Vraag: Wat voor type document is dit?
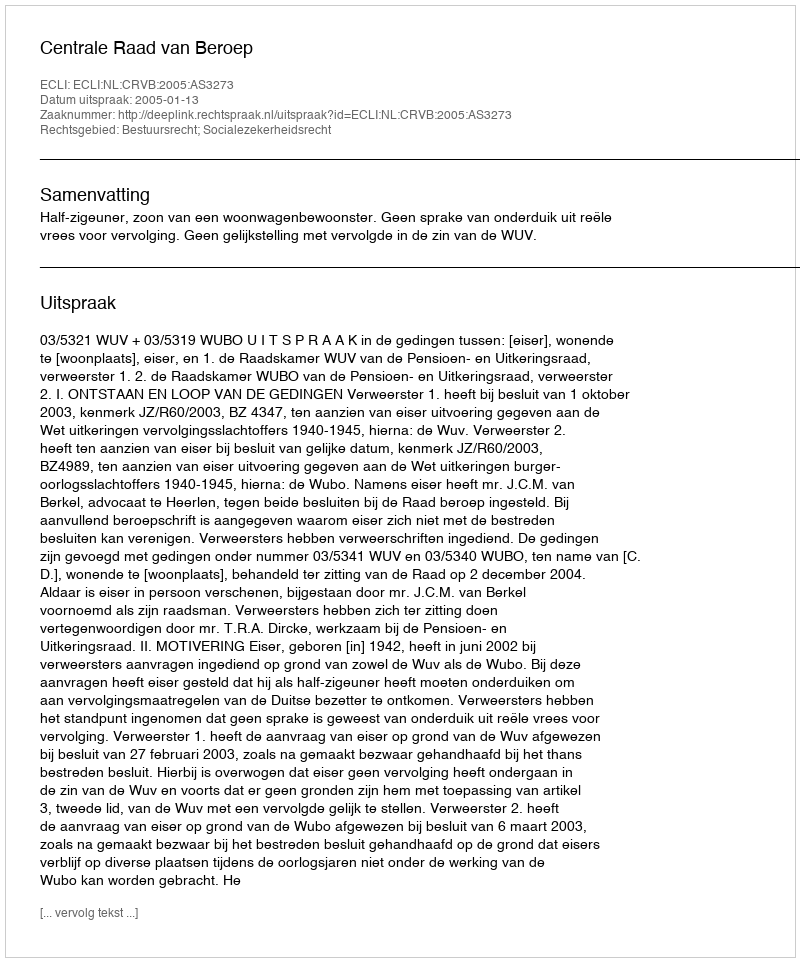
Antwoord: Uitspraak